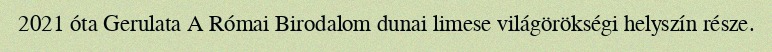
2021 óta Gerulata A Római Birodalom dunai limese világörökségi helyszín része.